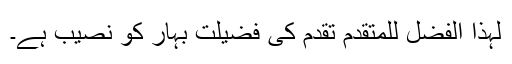
لہٰذا الفضل للمتقدم تقدم کی فضیلت بہار کو نصیب ہے۔